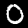
Label: 0